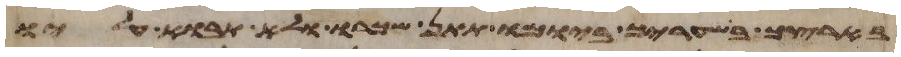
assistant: בארצך בשעריך ביומו תתן שכרו ולא תבוא עליו